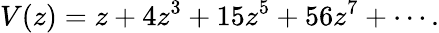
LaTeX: V(z)=z+4z^{3}+15z^{5}+56z^{7}+\cdots.